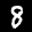
Label: 8